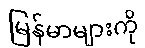
မြန်မာများကို